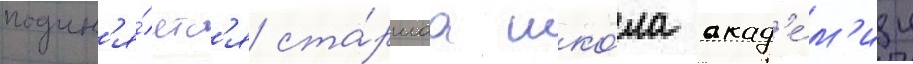
подчин'я́етс'я ста́ршаа шко́ла акад'е́м'ии